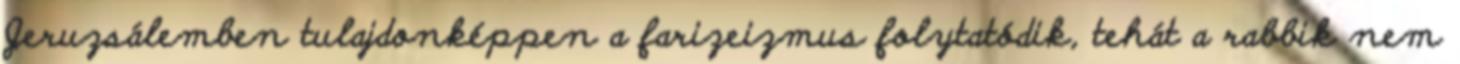
Jeruzsálemben tulajdonképpen a farizeizmus folytatódik, tehát a rabbik nem